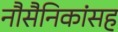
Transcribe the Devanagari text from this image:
नौसैनिकांसह